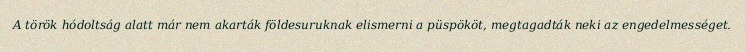
A török hódoltság alatt már nem akarták földesuruknak elismerni a püspököt, megtagadták neki az engedelmességet.